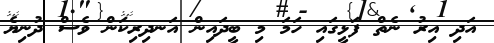
އަދި އިރު ނެތް ފަޅީގައި ހަމަ މި ބީދައިން އަނދިރިކަން ވެސް ދުނިޔެ